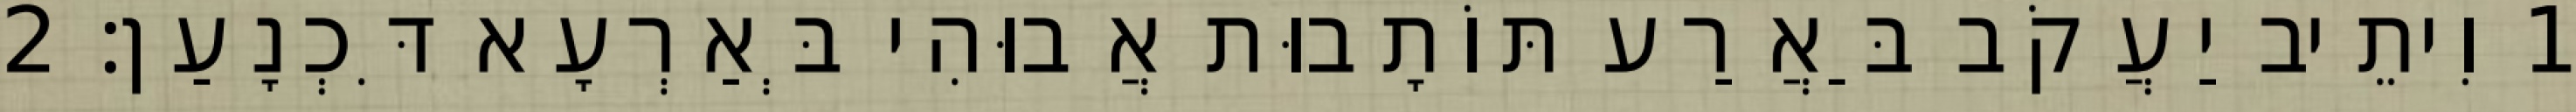
1 וִיתֵיב יַעֲקֹב בַּאֲרַע תּוֹתָבוּת אֲבוּהִי בְּאַרְעָא דִּכְנָעַן׃ 2